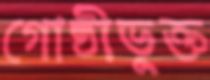
গোষ্ঠীভুক্ত